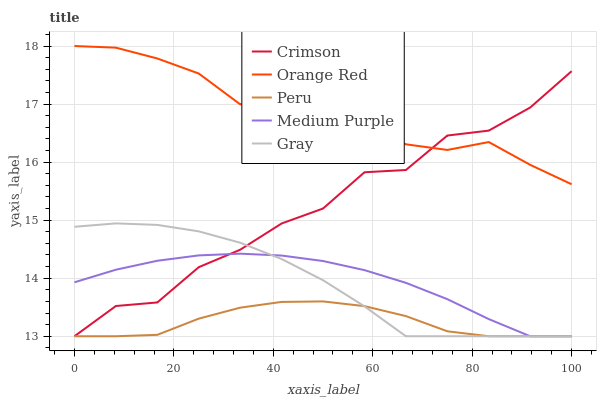
| xaxis_label | Crimson | Orange Red | Peru | Medium Purple | Gray |
 | --- | --- | --- | --- | --- | --- |
 | 0 | 13 | 18 | 13 | 13.9 | 14.9 |
 | 8.33 | 13.5 | 18 | 13 | 14.1 | 14.9 |
 | 16.7 | 13.6 | 17.8 | 13 | 14.3 | 14.9 |
 | 25 | 14.2 | 17.5 | 13.3 | 14.4 | 14.8 |
 | 33.3 | 14.5 | 17 | 13.5 | 14.4 | 14.6 |
 | 41.7 | 14.9 | 16.9 | 13.6 | 14.4 | 14.3 |
 | 50 | 15.2 | 16.9 | 13.6 | 14.3 | 14 |
 | 58.3 | 15.8 | 16.6 | 13.5 | 14.1 | 13.5 |
 | 66.7 | 15.9 | 16.3 | 13.3 | 13.9 | 13 |
 | 75 | 16.5 | 16.2 | 13.1 | 13.6 | 13 |
 | 83.3 | 16.5 | 16.3 | 13 | 13.3 | 13 |
 | 91.7 | 16.9 | 16 | 13 | 13 | 13 |
 | 100 | 17.6 | 15.6 | 13 | 13 | 13 |